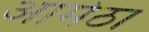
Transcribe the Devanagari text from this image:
आमेठा